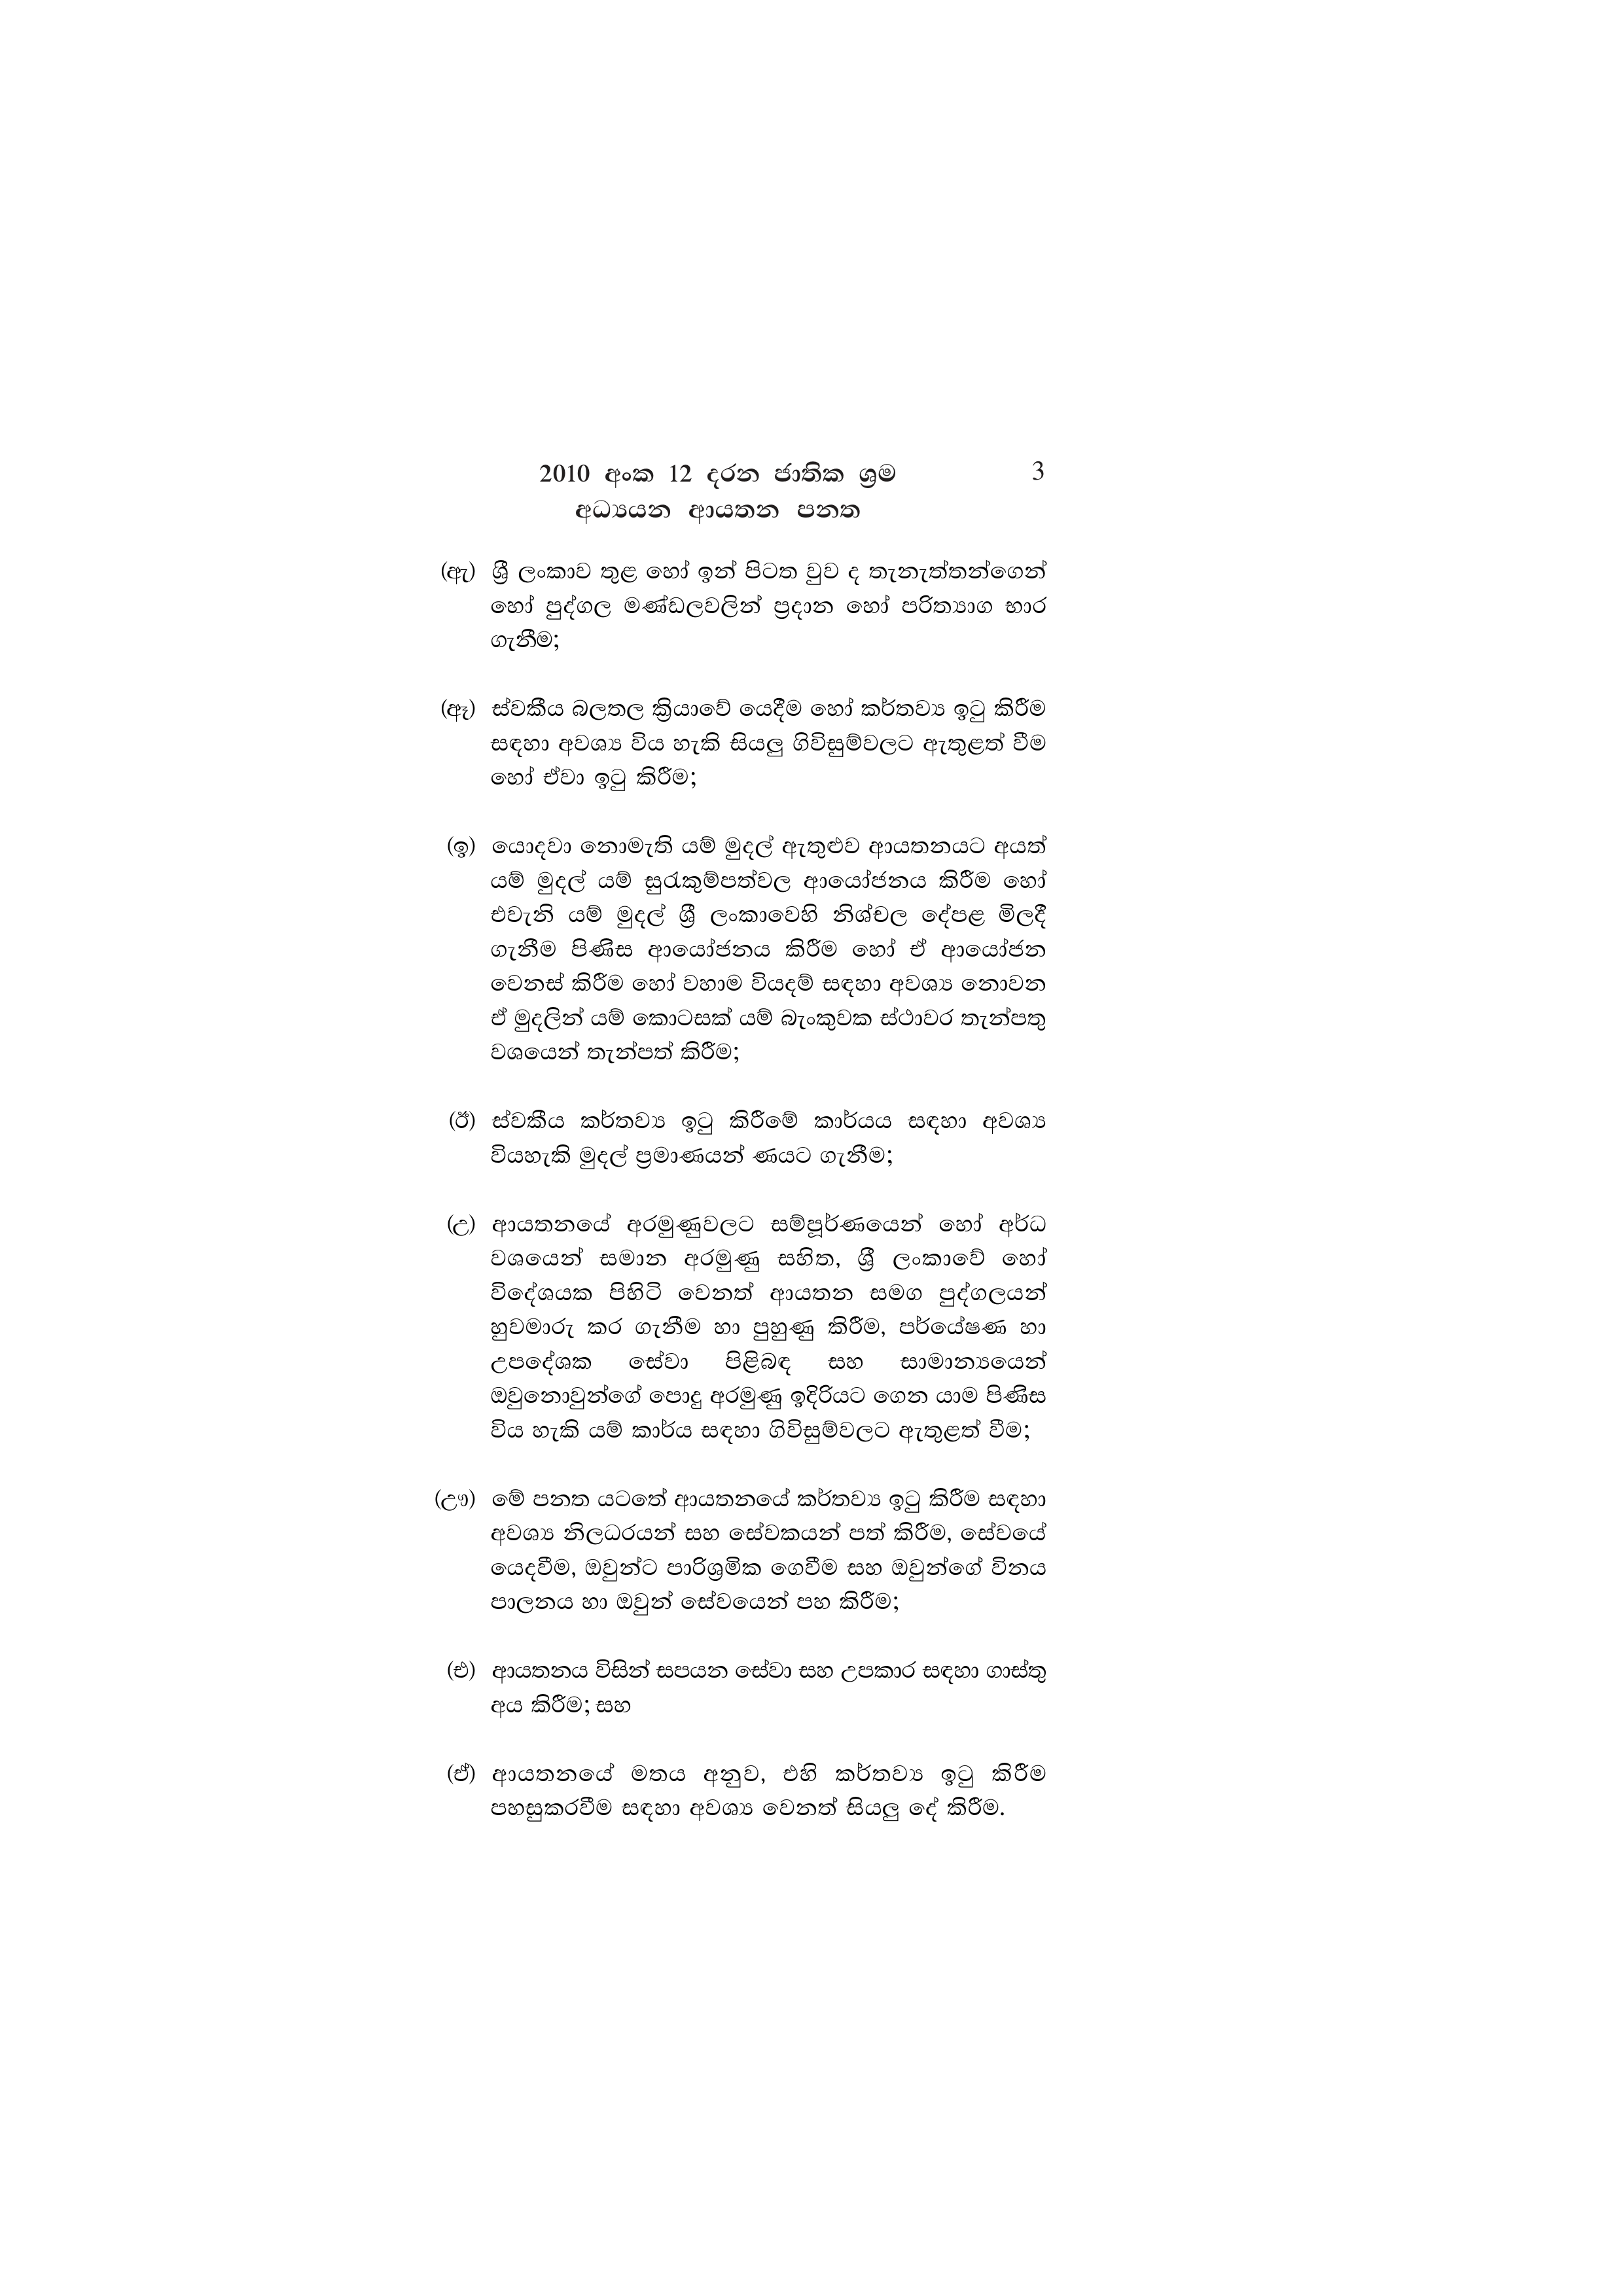
2010 අංක 12 දරන ජාතික ශ්‍රම  3
අධ්‍යයන ආයතන පනත

(ඇ) ශ්‍රී ලංකාව තුළ හෝ ඉන් පිටත වුව ද තැනැත්තන්ගෙන්
හෝ පුද්ගල මණ්ඩලවලින් ප්‍රදාන හෝ පරිත්‍යාග භාර
ගැනීම;

(ඈ) ස්වකීය බලතල ක්‍රියාවේ යෙදීම හෝ කර්තව්‍ය ඉටු කිරීම
සඳහා අවශ්‍ය විය හැකි සියලු ගිවිසුම්වලට ඇතුළත් වීම
හෝ ඒවා ඉටු කිරීම;

(ඉ) යොදවා නොමැති යම් මුදල් ඇතුළුව ආයතනයට අයත්
යම් මුදල් යම් සුරැකුම්පත්වල ආයෝජනය කිරීම හෝ
එවැනි යම් මුදල් ශ්‍රී ලංකාවෙහි නිශ්චල දේපළ මිලදී
ගැනීම පිණිස ආයෝජනය කිරීම හෝ ඒ ආයෝජන
වෙනස් කිරීම හෝ වහාම වියදම් සඳහා අවශ්‍ය නොවන
ඒ මුදලින් යම් කොටසක් යම් බැංකුවක ස්ථාවර තැන්පතු
වශයෙන් තැන්පත් කිරීම;

(ඊ) ස්වකීය කර්තව්‍ය ඉටු කිරීමේ කාර්යය සඳහා අවශ්‍ය
වියහැකි මුදල් ප්‍රමාණයන් ණයට ගැනීම;

(උ) ආයතනයේ අරමුණුවලට සම්පූර්ණයෙන් හෝ අර්ධ
වශයෙන් සමාන අරමුණු සහිත, ශ්‍රී ලංකාවේ හෝ
විදේශයක පිහිටි වෙනත් ආයතන සමග පුද්ගලයන්
හුවමාරු කර ගැනීම හා පුහුණු කිරීම, පර්යේෂණ හා
උපදේශක සේවා පිළිබඳ සහ සාමාන්‍යයෙන්
ඔවුනොවුන්ගේ පොදු අරමුණු ඉදිරියට ගෙන යාම පිණිස
විය හැකි යම් කාර්ය සඳහා ගිවිසුම්වලට ඇතුළත් වීම;

(ඌ) මේ පනත යටතේ ආයතනයේ කර්තව්‍ය ඉටු කිරීම සඳහා
අවශ්‍ය නිලධරයන් සහ සේවකයන් පත් කිරීම, සේවයේ
යෙදවීම, ඔවුන්ට පාරිශ්‍රමික ගෙවීම සහ ඔවුන්ගේ විනය
පාලනය හා ඔවුන් සේවයෙන් පහ කිරීම;

(එ) ආයතනය විසින් සපයන සේවා සහ උපකාර සඳහා ගාස්තු
අය කිරීම; සහ

(ඒ) ආයතනයේ මතය අනුව, එහි කර්තව්‍ය ඉටු කිරීම
පහසුකරවීම සඳහා අවශ්‍ය වෙනත් සියලු දේ කිරීම.